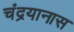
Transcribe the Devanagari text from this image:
चंद्रयानास